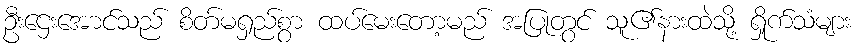
ဦးဌေးအောင်သည် စိတ်မရှည်စွာ ထပ်မေးတော့မည် အပြုတွင် သူ၏နားထဲသို့ ရှိုက်သံများ